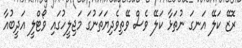
ރޮޒޭ ކަލޭ އަނގަ ނުތަޅާ ކަލޭ ވެސް ވޭތިވެދިޔަތަނުގަ މަޖިލީހުގައި ވޯޓްލީ އަދީބުއާ